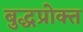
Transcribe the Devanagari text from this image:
बुद्धप्रोक्त